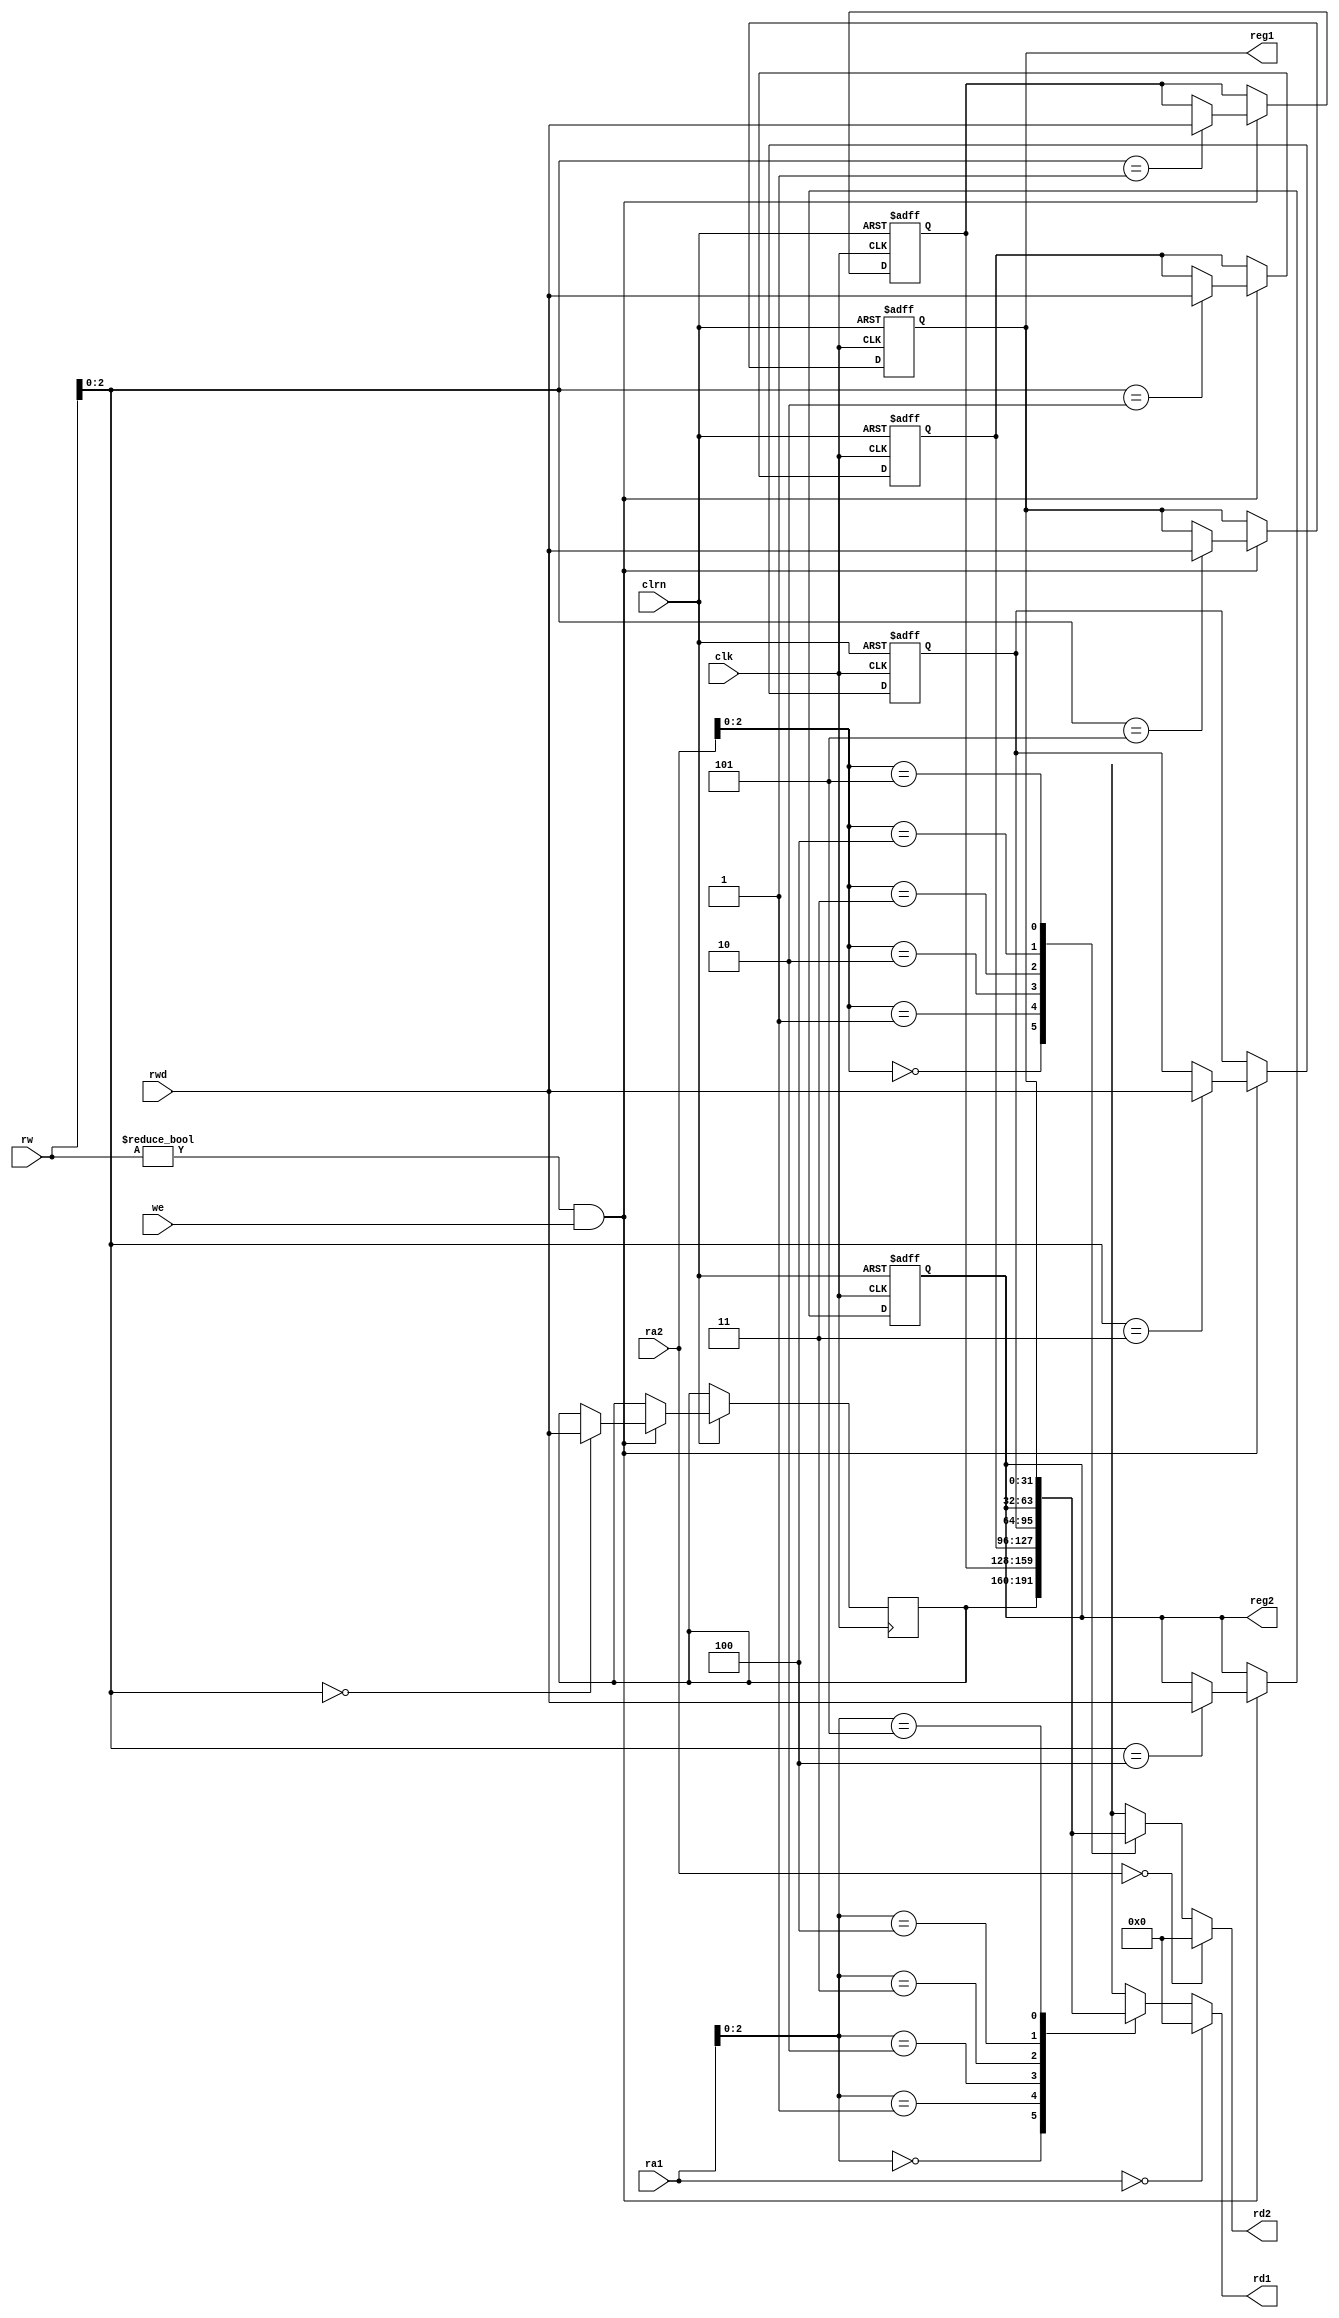
module regfile (ra1,ra2,rwd,rw,we,clk,clrn,rd1,rd2,reg1,reg2);
    input   [4:0] ra1,ra2,rw;                                // reg numbers
    input  [31:0] rwd;                                         // write data
    input         we;                                        // write enable
    input         clk, clrn;                                 // clock, reset
    output [31:0] rd1,rd2;                                     // read ports
    output [31:0] reg1,reg2;                                     // read ports
    
	 wire   [31:0] e;                                         // enables
    
    
	 reg [31:0] register [1:5]; // 31 32-bit registers
	 
	 assign rd1 = (ra1 == 0)? 0 : register[ra1]; // read port A
	 assign rd2 = (ra2 == 0)? 0 : register[ra2]; // read port B
	 
	 assign reg1 = register[5]; // read port 1
	 assign reg2 = register[4]; // read port 1
	 
	
	integer i;
	always @(posedge clk or negedge clrn) // write port
	if (!clrn)
		for (i = 1; i < 6; i = i + 1)
		register[i] <= 0; // reset
	else
		if ((rw != 0) && we) // not reg[0] & enabled
			register[rw] <= rwd; // write d to reg[wn]
endmodule